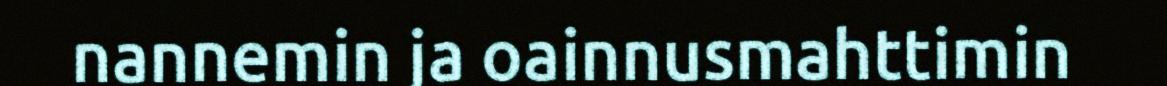
nannemin ja oainnusmahttimin